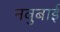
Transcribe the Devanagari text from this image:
नवुबाई